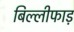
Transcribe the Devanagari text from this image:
बिल्लीफाड़